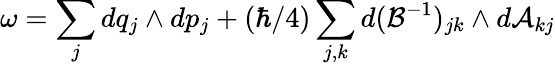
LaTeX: \omega=\sum_{j}dq_{j}\wedge dp_{j}+(\hbar/4)\sum_{j,k}d(\mathcal{B}^{-1})_{jk}\wedge d\mathcal{A}_{kj}